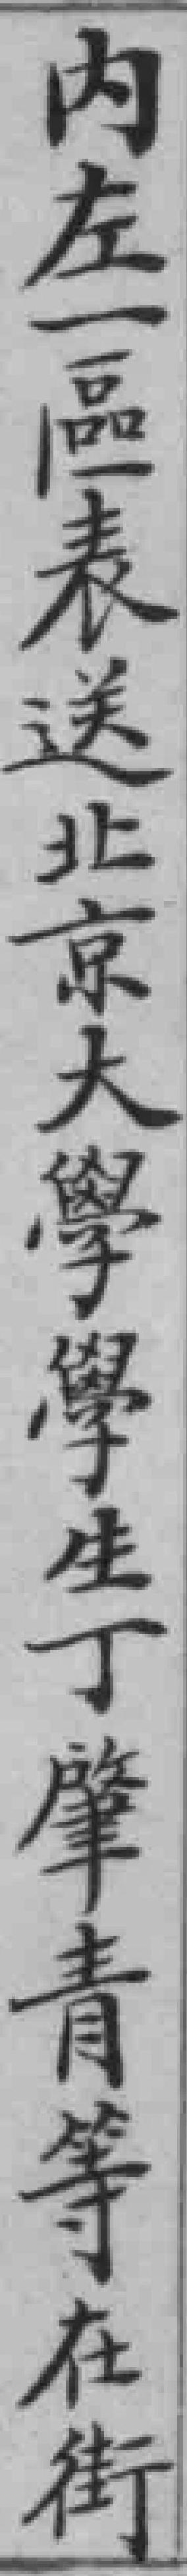
内左一區表送北京大學學生丁肇青等在街